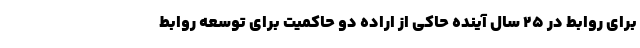
برای روابط در ۲۵ سال آینده حاکی از اراده دو حاکمیت برای توسعه روابط